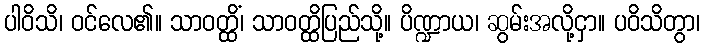
ပါဝိသိ၊ ဝင်လေ၏။ သာဝတ္ထိံ၊ သာဝတ္ထိပြည်သို့။ ပိဏ္ဍာယ၊ ဆွမ်းအလို့ငှာ။ ပဝိသိတွာ၊